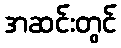
အဆင်းတွင်